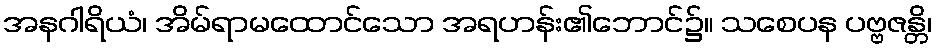
အနဂါရိယံ၊ အိမ်ရာမထောင်သော အရဟန်း၏ဘောင်၌။ သစေပန ပဗ္ဗဇန္တိ၊